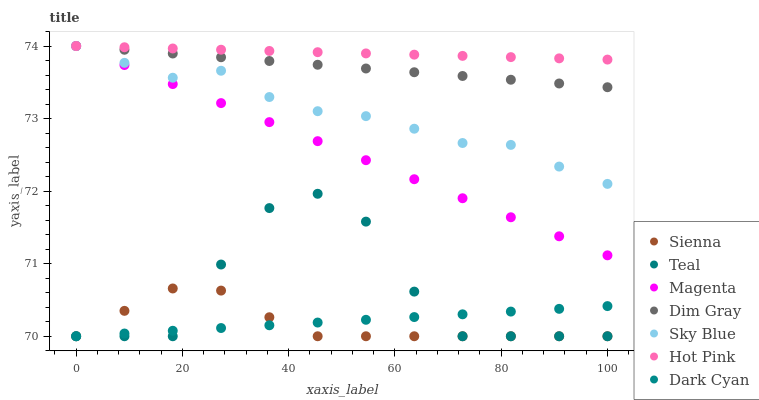
| xaxis_label | Sienna | Teal | Magenta | Dim Gray | Sky Blue | Hot Pink | Dark Cyan |
 | --- | --- | --- | --- | --- | --- | --- | --- |
 | 0 | 70 | 70 | 74 | 74 | 74 | 74 | 70 |
 | 9.09 | 70.4 | 70 | 73.7 | 73.9 | 73.8 | 74 | 70 |
 | 18.2 | 70.7 | 70 | 73.5 | 73.9 | 73.6 | 74 | 70.1 |
 | 27.3 | 70.6 | 71 | 73.2 | 73.8 | 73.7 | 73.9 | 70.1 |
 | 36.4 | 70.3 | 71.8 | 73 | 73.8 | 73.3 | 73.9 | 70.2 |
 | 45.5 | 70 | 72 | 72.7 | 73.7 | 73.1 | 73.9 | 70.2 |
 | 54.5 | 70 | 71.6 | 72.4 | 73.7 | 73 | 73.9 | 70.2 |
 | 63.6 | 70 | 70.6 | 72.2 | 73.6 | 72.9 | 73.9 | 70.3 |
 | 72.7 | 70 | 70 | 71.9 | 73.6 | 72.7 | 73.9 | 70.3 |
 | 81.8 | 70 | 70 | 71.6 | 73.5 | 72.6 | 73.8 | 70.3 |
 | 90.9 | 70 | 70 | 71.4 | 73.5 | 72.3 | 73.8 | 70.4 |
 | 100 | 70 | 70 | 71.1 | 73.4 | 72.1 | 73.8 | 70.4 |